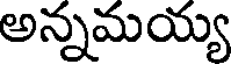
అన్నమయ్య